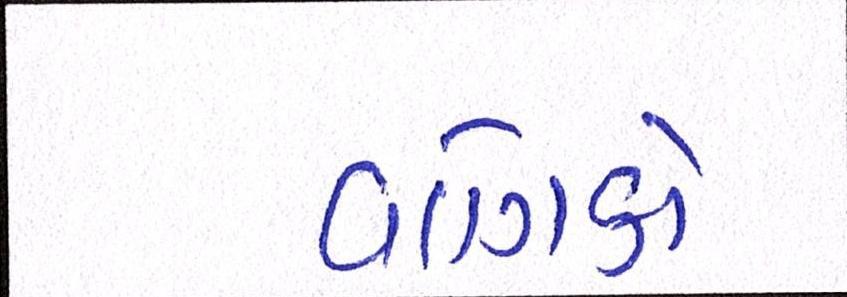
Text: વણિકો